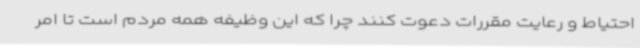
احتیاط و رعایت مقررات دعوت کنند چرا که این وظیفه همه مردم است تا امر